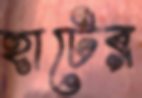
হাটের